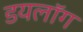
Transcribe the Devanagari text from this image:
डयलॉग